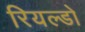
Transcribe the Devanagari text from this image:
रियल्डो